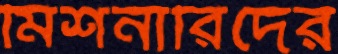
মিশনারিদের